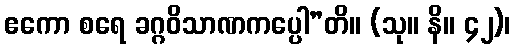
ဧကော စရေ ခဂ္ဂဝိသာဏကပ္ပေါ”တိ။ (သု။ နိ။ ၄၂)၊